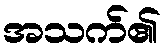
အသက်၏